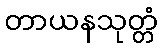
တာယနသုတ္တံ